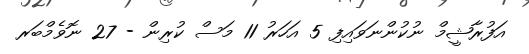
އަފުރާޝީމް ނުކުންނަވައިފި 5 އަހަރު 11 މަސް ކުރިން - 27 ނޮވެމްބަރ